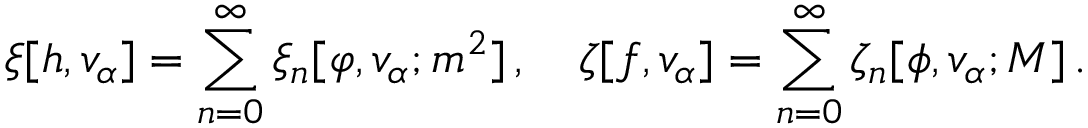
\xi [ h , v _ { \alpha } ] = \sum _ { n = 0 } ^ { \infty } \xi _ { n } [ \varphi , v _ { \alpha } ; m ^ { 2 } ] \, , \quad \zeta [ f , v _ { \alpha } ] = \sum _ { n = 0 } ^ { \infty } \zeta _ { n } [ \phi , v _ { \alpha } ; M ] \, .